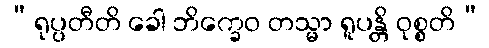
“ရုပ္ပတီတိ ခေါ ဘိက္ခေဝ တသ္မာ ရူပန္တိ ဝုစ္စတိ”